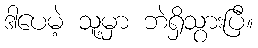
ဒါပေမဲ့ သူ့မှာ ဘဲရှိသွားပြီ။